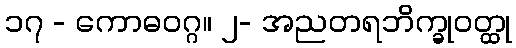
၁၇ - ကောဓဝဂ္ဂ။ ၂- အညတရဘိက္ခုဝတ္ထု